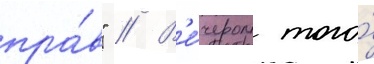
пра́в" // В'е́чером того́